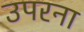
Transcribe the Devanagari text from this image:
उपरना